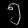
Digit: ၅